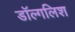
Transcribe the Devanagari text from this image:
डॉल्गलिश